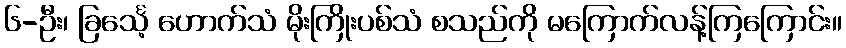
၆-ဦး၊ ခြင်္သေ့ ဟောက်သံ မိုးကြိုးပစ်သံ စသည်ကို မကြောက်လန့်ကြကြောင်း။